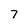
Character: 7